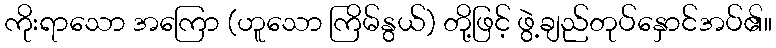
ကိုးရာသော အကြော (ဟူသော ကြိမ်နွယ်) တို့ဖြင့် ဖွဲ့ချည်တုပ်နှောင်အပ်၏။